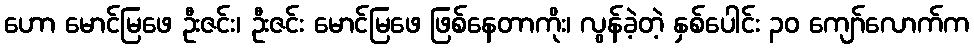
ဟော မောင်မြဖေ ဦးဇင်း၊ ဦးဇင်း မောင်မြဖေ ဖြစ်နေတာကိုး၊ လွန်ခဲ့တဲ့ နှစ်ပေါင်း ၃၀ ကျော်လောက်က